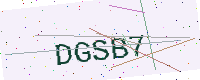
Text: DGSB7